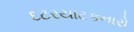
દટરયાટકનારો